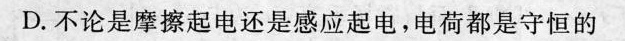
D.不论是摩擦起电还是感应起电，电荷都是守恒的